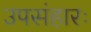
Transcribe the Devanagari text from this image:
उपसंहारः